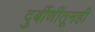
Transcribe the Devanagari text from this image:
दुर्बीणींतूनही